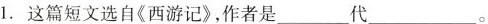
1.这篇短文选自《西游记》，作者是___代___。